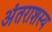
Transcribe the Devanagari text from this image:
अंतराशस्य